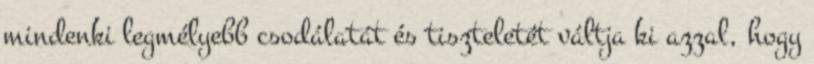
mindenki legmélyebb csodálatát és tiszteletét váltja ki azzal, hogy